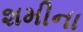
શમીના